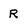
Character: R